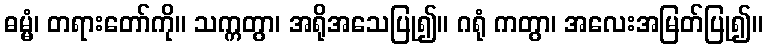
ဓမ္မံ၊ တရားတော်ကို။ သက္ကတွာ၊ အရိုအသေပြု၍။ ဂရုံ ကတွာ၊ အလေးအမြတ်ပြု၍။